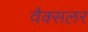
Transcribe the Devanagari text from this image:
वैक्सलर